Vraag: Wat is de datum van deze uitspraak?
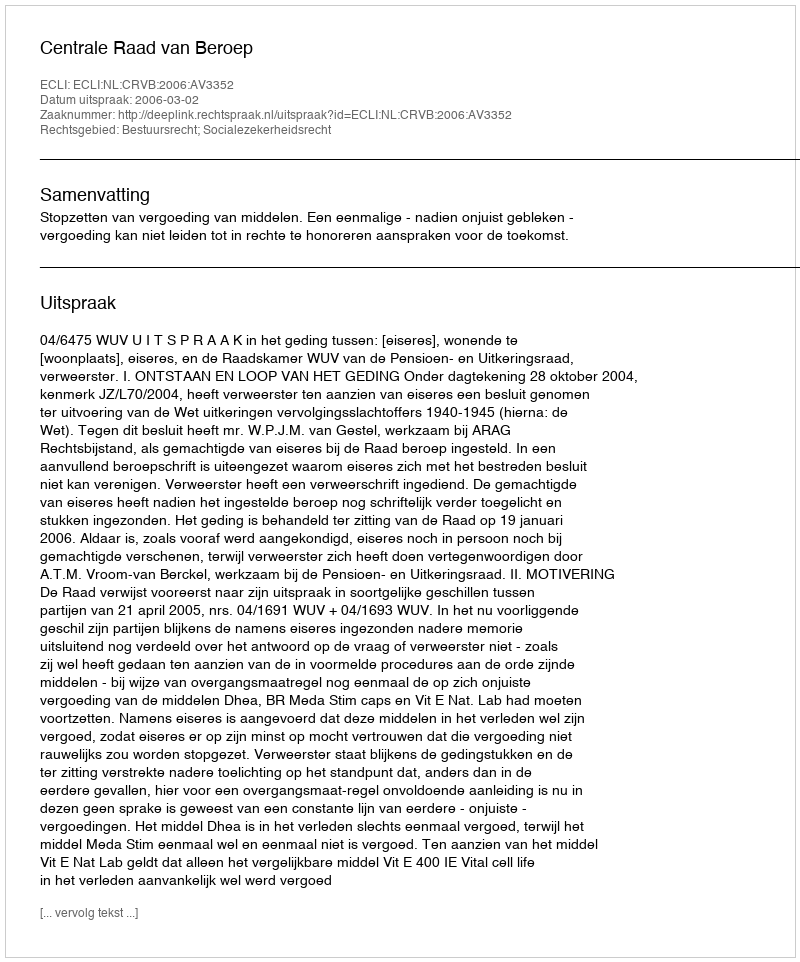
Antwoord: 2006-03-02